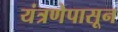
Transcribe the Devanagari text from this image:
यंत्रणेपासून